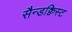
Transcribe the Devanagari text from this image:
सैन्डक्विस्ट